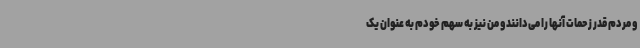
و مردم قدر زحمات آنها را می‌دانند و من نیز به سهم خودم به عنوان یک